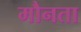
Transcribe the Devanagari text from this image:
मौनता